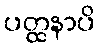
ပတ္ထနာပိ